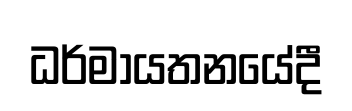
ධර්මායතනයේදී